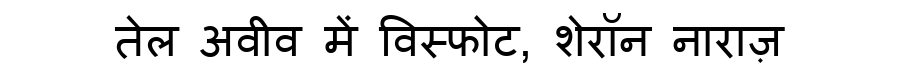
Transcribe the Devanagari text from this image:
तेल अवीव में विस्फोट, शेरॉन नाराज़